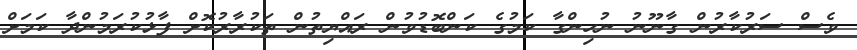
ވެސް ސަރުކާރުން ގާނޫނު ނުހިންގާ ކަމުގެ ކަންބޮޑުވުން ރައްޔިތުން ތަކުރާރުކޮށް ފާޅުކުރަމުންދާ ކަމަށް